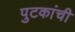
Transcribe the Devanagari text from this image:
पुटकांची